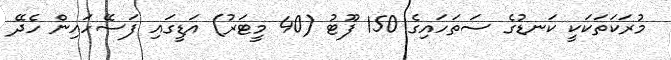
މުރަކަތަކަކީ ކަނޑުގެ ސަތަހައިގެ 150 ފޫޓު (40 މީޓަރު) އަޑީގައި ފަސޭހައިން ހެދޭ